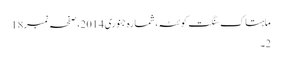
ماہتاک سنگت کوئٹہ، شمارہ جنوری 2014، صفحہ نمبر18
2۔